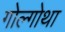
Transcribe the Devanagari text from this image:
गोल्गोथा